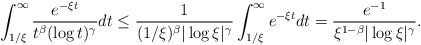
\begin{align*}\int^{\infty}_{1/\xi }\frac{e^{-\xi t }}{t^\beta (\log t)^\gamma} dt \leq \frac{1}{(1/\xi )^\beta |\log \xi |^\gamma} \int^{\infty}_{1/\xi } e^{-\xi t }dt = \frac{e^{-1}}{\xi ^{1-\beta}|\log \xi |^\gamma}.\end{align*}